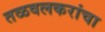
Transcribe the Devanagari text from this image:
तळवलकरांचा